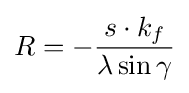
R=-{\frac {s\cdot k_{f}}{\lambda \sin \gamma }}